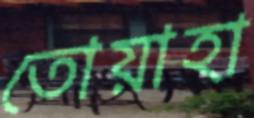
তোয়াহা